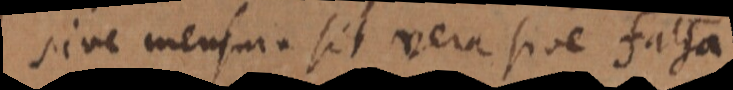
sive mensura sit vera sive falsa